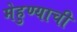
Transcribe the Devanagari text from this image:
मेहुण्याची